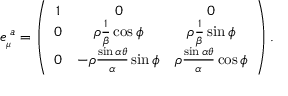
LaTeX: e _ { _ { \mu } } ^ { \; a } = \left( \begin{array} { c c c } { { 1 } } & { { 0 } } & { { 0 } } \\ { { 0 } } & { { \rho \frac { 1 } { \beta } \cos \phi } } & { { \rho \frac { 1 } { \beta } \sin \phi } } \\ { { 0 } } & { { - \rho \frac { \sin \alpha \theta } { \alpha } \sin \phi } } & { { \rho \frac { \sin \alpha \theta } { \alpha } \cos \phi } } \end{array} \right) .